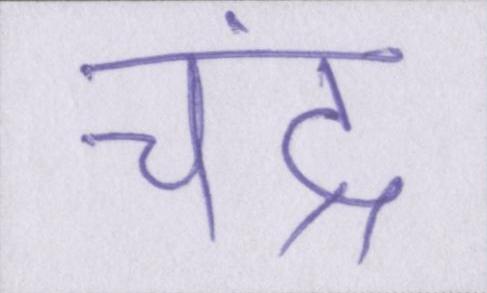
चंद्र